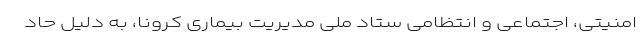
امنیتی، اجتماعی و انتظامی ستاد ملی مدیریت بیماری کرونا، به دلیل حاد